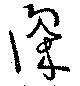
深